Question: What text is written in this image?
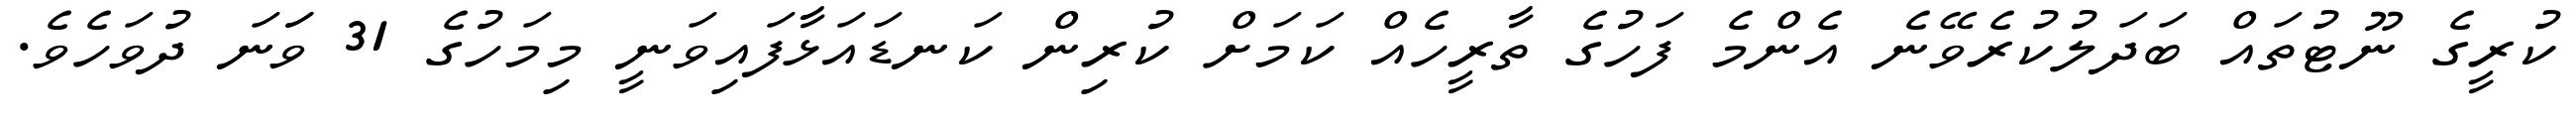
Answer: ކުރީގެ ނޫޓުތައް ބަދަލުކުރެވޭނެ އެންމެ ފަހުގެ ތާރީހެއް ކަމަށް ކުރިން ކަނޑައަޅާފައިވަނީ މިމަހުގެ 31 ވަަނަ ދުވަހެވެ.